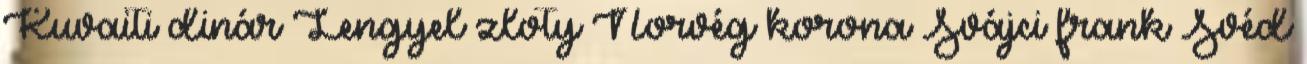
Kuvaiti dinár Lengyel zloty Norvég korona Svájci frank Svéd